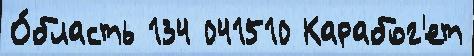
О́бласть 134 041510 Карабог'ет